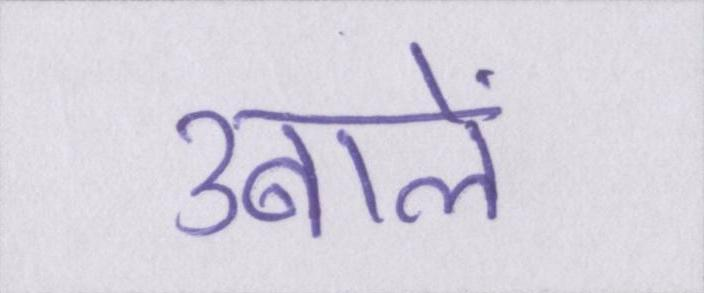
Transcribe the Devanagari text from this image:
उबालें